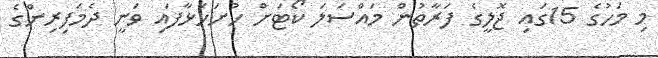
މި މަހުގެ 15ގައި ޖޮލީގެ ފަރާތުން މައްސަލަ ކޯޓަށް ހުށަހަޅާފައި ވަނީ ދެމަފިރިންގެ